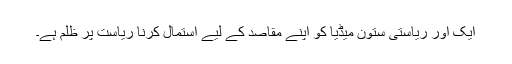
ایک اور ریاستی ستون میڈیا کو اپنے مقاصد کے لیے استمال کرنا ریاست پر ظلم ہے۔